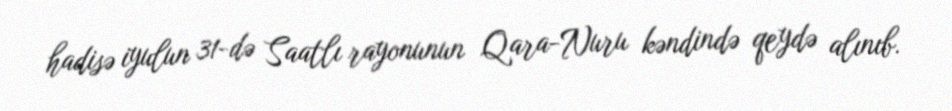
hadisə iyulun 31-də Saatlı rayonunun Qara-Nuru kəndində qeydə alınıb.